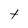
Character: t